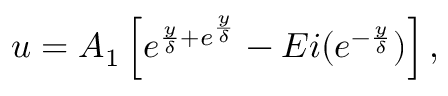
\begin{array} { r } { u = A _ { 1 } \left[ e ^ { \frac { y } { \delta } + e ^ { \frac { y } { \delta } } } - E i ( e ^ { - \frac { y } { \delta } } ) \right] , } \end{array}